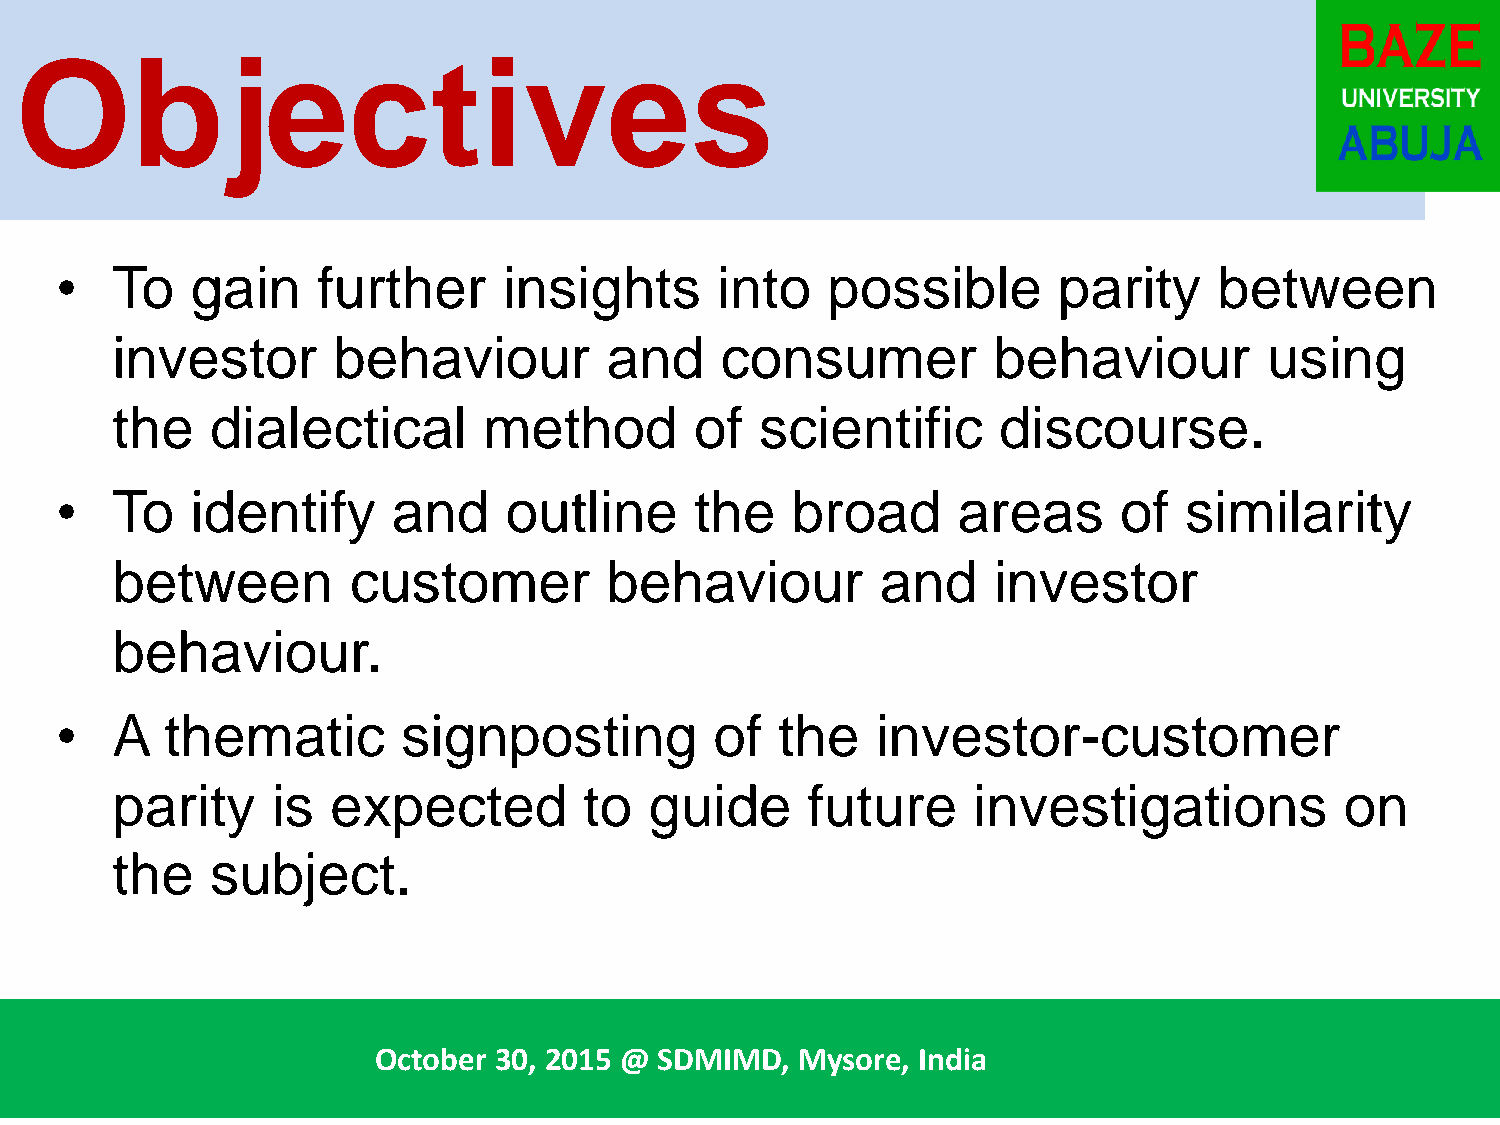
Objectives
 •  To    gain    further     insights      into    possible       parity     between
 investor       behaviour         and     consumer          behaviour         using
 the    dialectical       method        of  scientific      discourse.
 •  To    identify     and    outline      the   broad      areas      of  similarity
 between         customer         behaviour         and     investor
 behaviour.
 •  A   thematic        signposting         of   the   investor-customer
 parity     is  expected         to  guide     future     investigations           on
 the    subject.
 October 30, 2015 @ SDMIMD,  Mysore, India